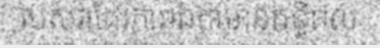
របស់វាដែរភាពឯកាមានឥទ្ធិពល